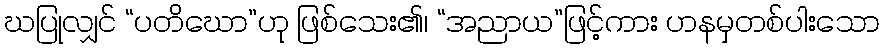
ဃပြုလျှင် “ပတိဃော”ဟု ဖြစ်သေး၏၊ “အညာယ”ဖြင့်ကား ဟနမှတစ်ပါးသော